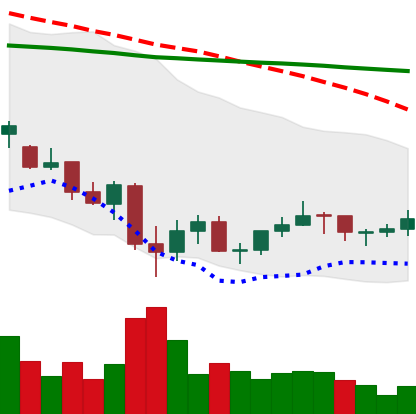
Ticker: LINK-USD
Chart end date: 2021-07-04
Forward return: -3.283%
Label: down_3_5